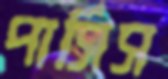
পার্সিস